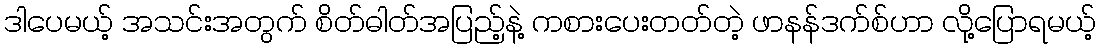
ဒါပေမယ့် အသင်းအတွက် စိတ်ဓါတ်အပြည့်နဲ့ ကစားပေးတတ်တဲ့ ဖာနန်ဒက်စ်ဟာ လို့ပြောရမယ့်